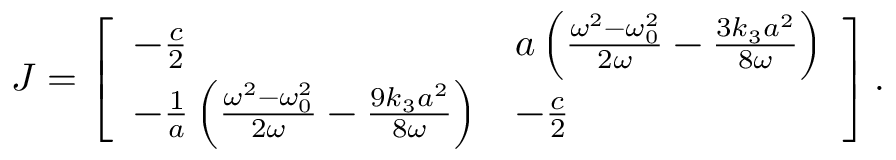
\boldsymbol J = \left[ \begin{array} { l l } { - \frac { c } { 2 } } & { a \left( \frac { \omega ^ { 2 } - \omega _ { 0 } ^ { 2 } } { 2 \omega } - \frac { 3 k _ { 3 } a ^ { 2 } } { 8 \omega } \right) } \\ { - \frac { 1 } { a } \left( \frac { \omega ^ { 2 } - \omega _ { 0 } ^ { 2 } } { 2 \omega } - \frac { 9 k _ { 3 } a ^ { 2 } } { 8 \omega } \right) } & { - \frac { c } { 2 } } \end{array} \right] .